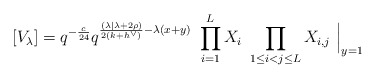
\begin{align*}[V_\lambda] = q^{-\frac{c}{24}} q^{\frac{(\lambda| \lambda + 2\rho) }{2(k+h^\vee)} -\lambda(x+y)}\ \prod_{i=1}^L X_i\ \prod_{1\leq i <j \leq L} X_{i,j} \ \Big\vert_{y=1}\end{align*}